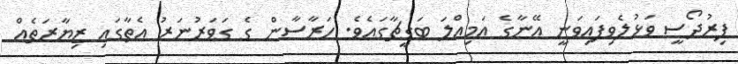
ފިރުދޯސީ ވަޅުލެވިފައިވަނީ އޭނާގެ އަމިއްލަ ބަގީޗާގައެވެ. ހަރާސާން ގެ ގަވަރުނަރު އެތާގައި ޒިޔާރަތެއް